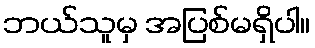
ဘယ်သူမှ အပြစ်မရှိပါ။